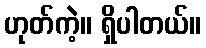
ဟုတ်ကဲ့။ ရှိပါတယ်။